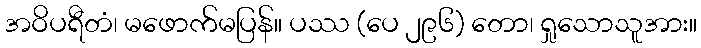
အဝိပရီတံ၊ မဖောက်မပြန်။ ပဿ (ပေ ၂၉၆) တော၊ ရှုသောသူအား။